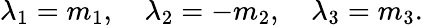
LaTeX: \lambda_{1}=m_{1},\quad\lambda_{2}=-m_{2},\quad\lambda_{3}=m_{3}.